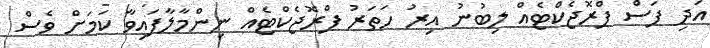
އަދި ފަސް ޕްރޮޖެކްޓެއް ލިބުނު އިރު ހަތަރު ޕްރޮޖެކްޓެއް ނިންމާލާފައިވާ ކަމަށް ވެސް